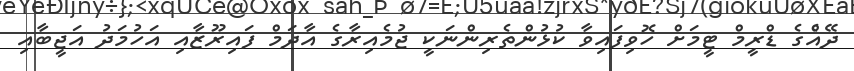
ދޭއެްގެ ޑްރީމް ޓީމަށް ހޮވިފައިވާ ކުޅުންތެރިންނަކީ ޖުމެއިރާގެ އާދަމް ފައިރޫޒާއި އަހުމަދު އަޖީބާއި